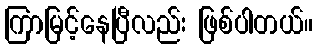
ကြာမြင့်နေပြီလည်း ဖြစ်ပါတယ်။